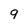
Character: 9